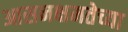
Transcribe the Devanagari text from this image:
आसनक्षमतेच्या